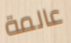
عالمة